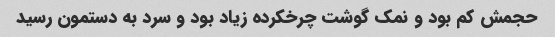
حجمش کم بود و نمک گوشت چرخکرده زیاد بود و سرد به دستمون رسید